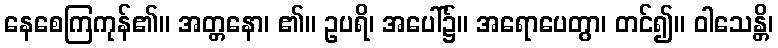
နေစေကြကုန်၏။ အတ္တနော၊ ၏။ ဥပရိ၊ အပေါ်၌။ အရောပေတွာ၊ တင်၍။ ဝါသေန္တိ၊